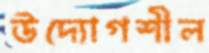
উদ্যোগশীল